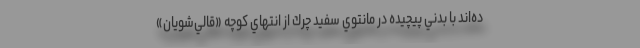
ده‌اند با بدني پيچيده در مانتوي سفيد چرك از انتهاي كوچه «قالي‌شويان»